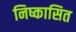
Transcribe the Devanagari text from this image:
निष्कासित